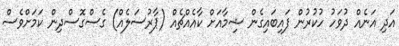
އަދި އަނެއް ދުވަހު ހުކުރުން ފައިބައިގެން ޝިމާއަށް ކާއެއްޗެއް (ޕާރުސަލެއް) ގެސްގޮސްދިން ކަމަށްވެސް